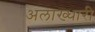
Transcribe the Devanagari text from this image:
अलाख्धारी